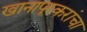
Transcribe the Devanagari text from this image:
खानापूरकरांचा